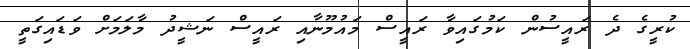
ކުރީގެ ދެ ރައީސުން ކަމުގައިވާ ރައީސް މައުމޫނާއި ރައީސް ނަޝީދު މާލަމަށް ވަޑައިގަތީ